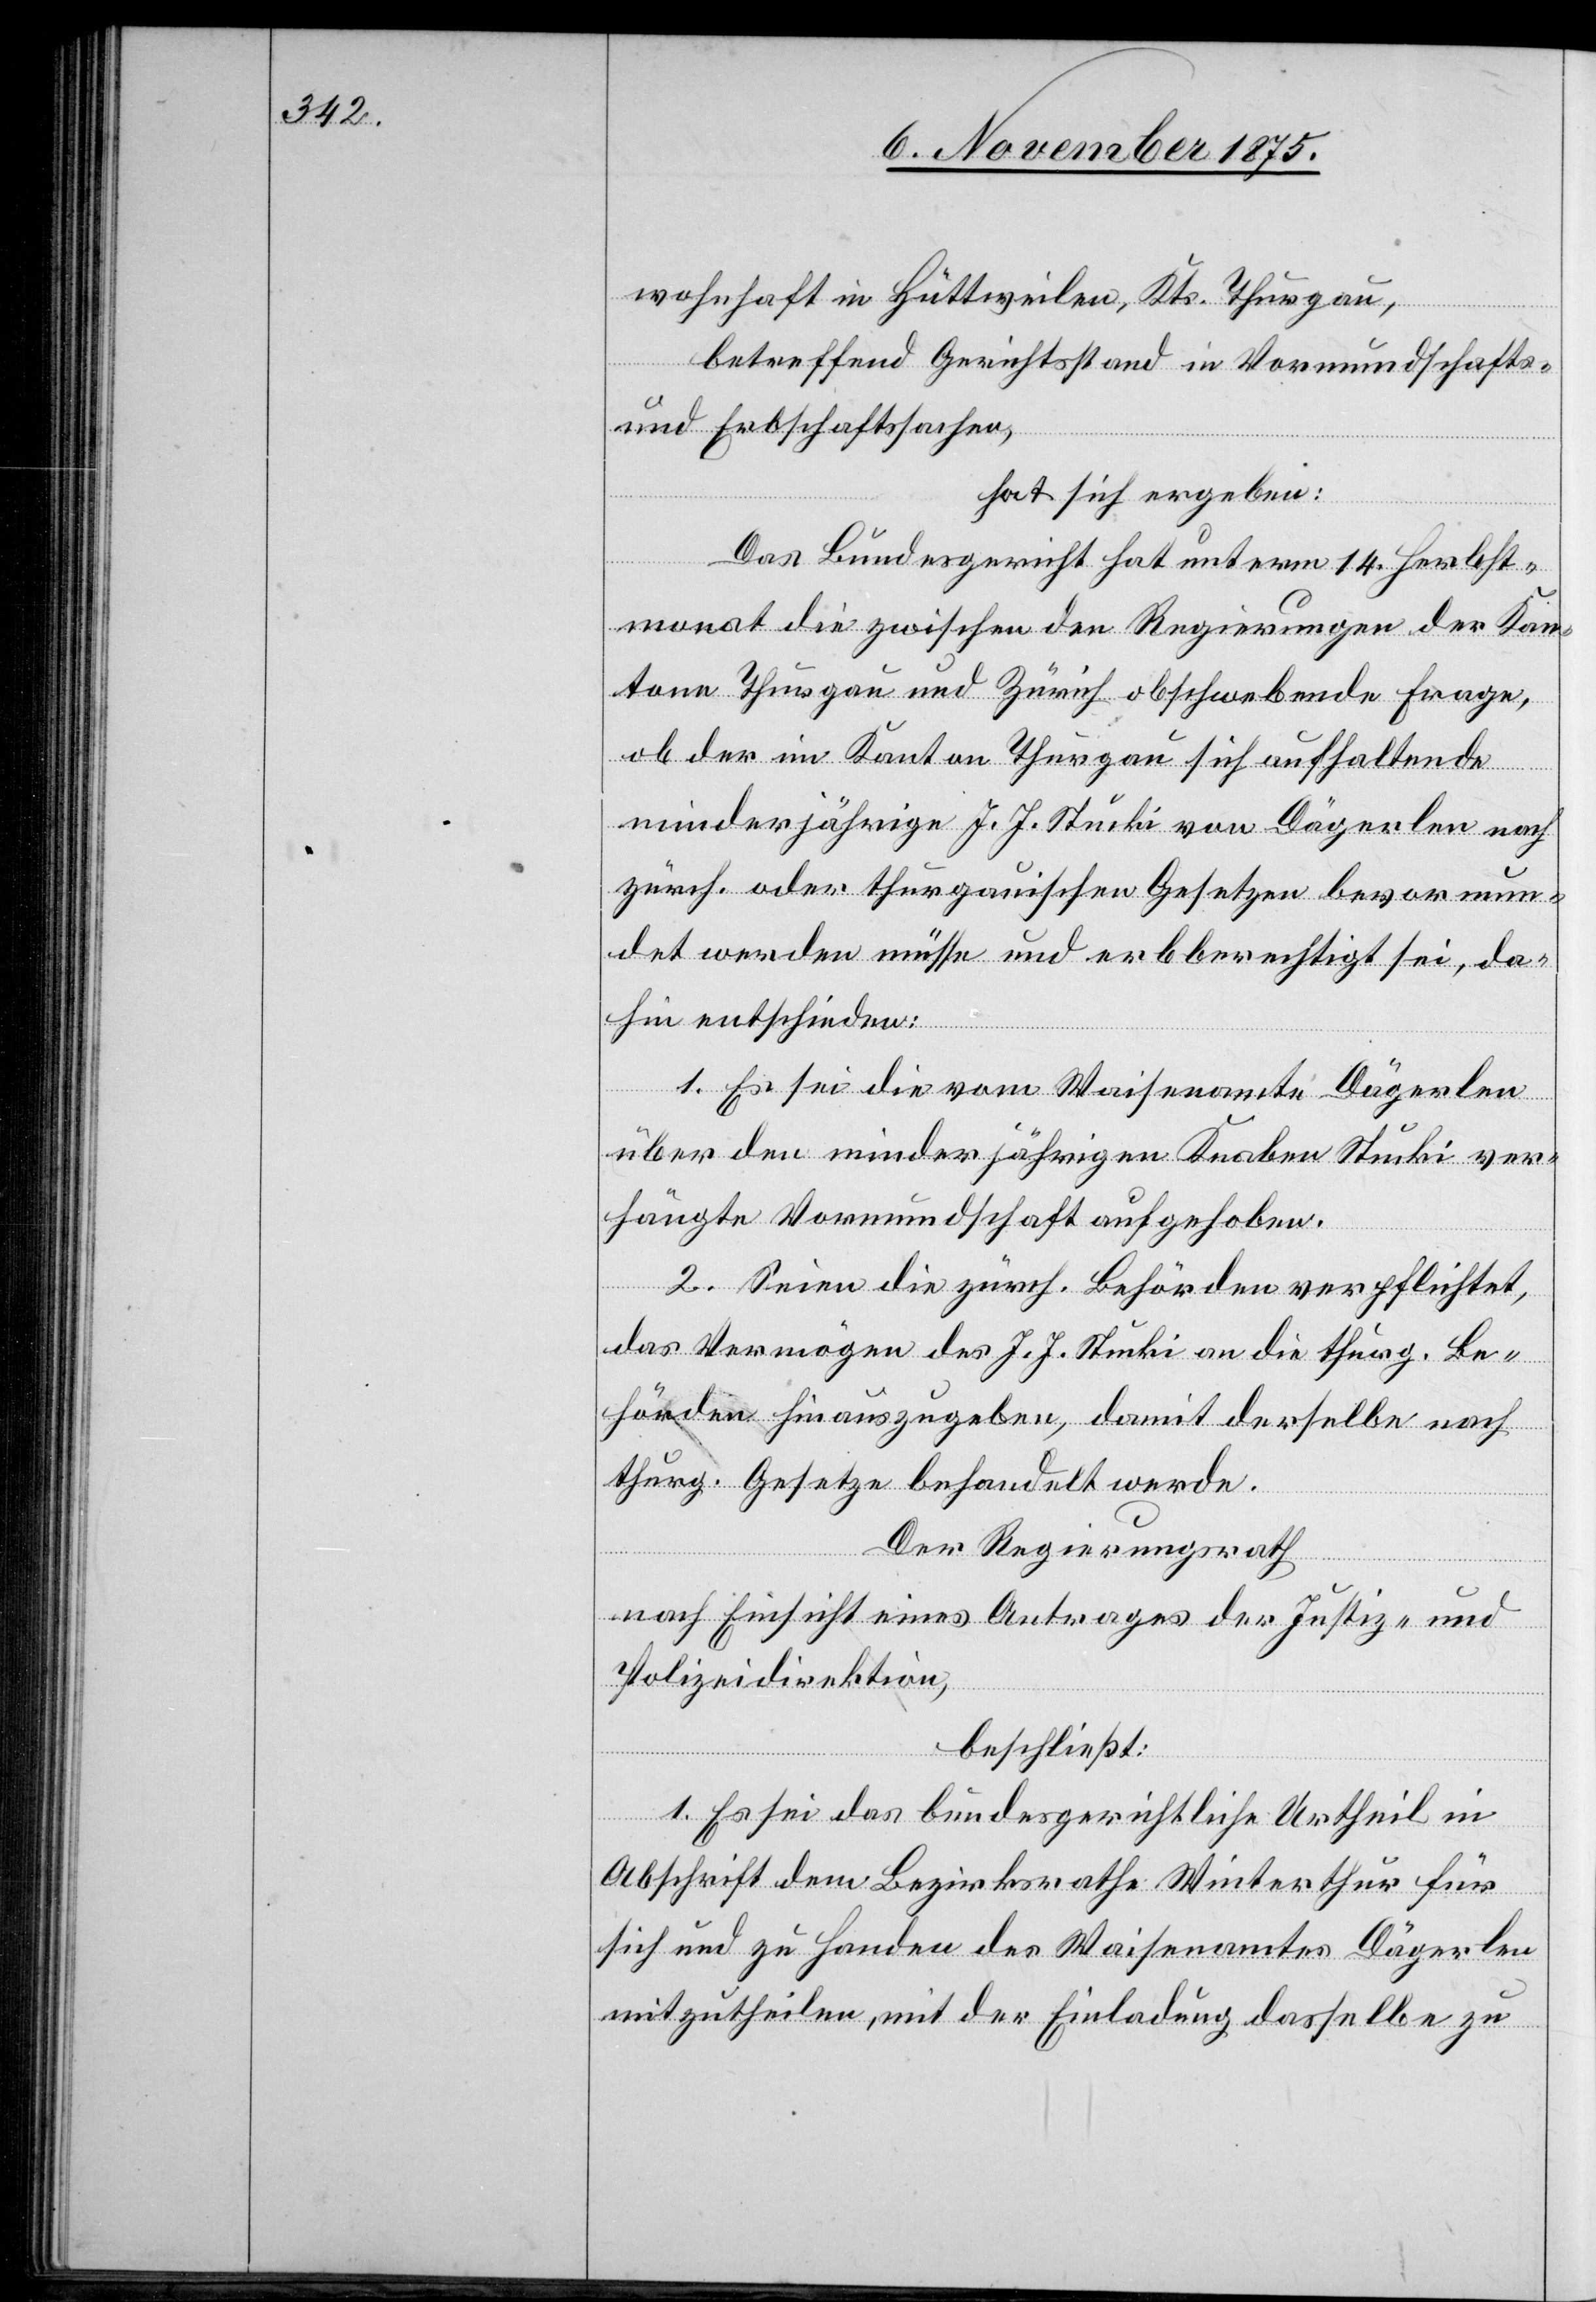
wohnhaft in Hüttweilen, Kts. Thurgau,
betreffend Gerichtsstand in Vormundschafts-
und Erbschaftssachen,
hat sich ergeben:
Das Bundesgericht hat unterm 14. Herbst¬
monat die zwischen den Regierungen der Kan¬
tone Thurgau und Zürich obschwebende Frage,
ob der im Kanton Thurgau sich aufhaltende
minderjährige J. J. Stucki von Dägerlen nach
zürch. oder thurgauischen Gesetzen bevormun¬
det werden müsse und erbberechtigt sei, da¬
hin entschieden:
1. Es sei die vom Waisenamte Dägerlen
über den minderjährigen Knaben Stucki ver¬
hängte Vormundschaft aufgehoben.
2. Seien die zürch. Behörden verpflichtet,
das Vermögen des J. J. Stucki an die thurg. Be¬
hörden hinauszugeben, damit derselbe nach
thurg. Gesetze behandelt werde.
Der Regierungsrath,
nach Einsicht eines Antrages der Justiz- und
Polizeidirektion,
beschließt:
1. Es sei das bundesgerichtliche Urtheil in
Abschrift dem Bezirksrathe Winterthur für
sich und zu Handen des Waisenamtes Dägerlen
mitzutheilen, mit der Einladung dasselbe zu